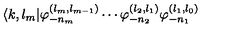
\langle k , l _ { m } | \varphi _ { - n _ { m } } ^ { ( l _ { m } , l _ { m - 1 } ) } \cdots \varphi _ { - n _ { 2 } } ^ { ( l _ { 2 } , l _ { 1 } ) } \varphi _ { - n _ { 1 } } ^ { ( l _ { 1 } , l _ { 0 } ) }